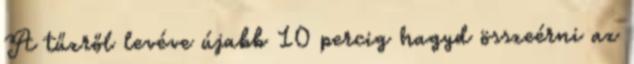
A tűzről levéve újabb 10 percig hagyd összeérni az